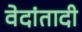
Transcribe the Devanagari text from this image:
वेदांतादी